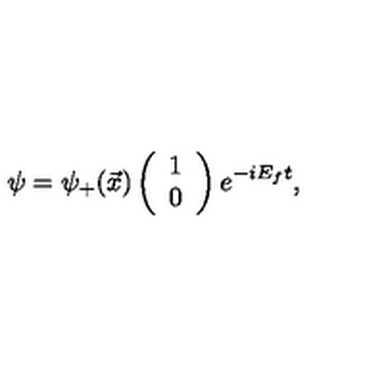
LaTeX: \psi = { \psi } _ { + } ( \vec { x } ) \left( \begin{array} { c } { 1 } \\ { 0 } \\ \end{array} \right) e ^ { - i E _ { f } t } ,